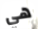
هي